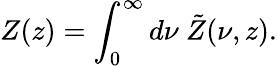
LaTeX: Z(z)=\int_{0}^{\infty}d\nu\ \tilde{Z}(\nu,z).